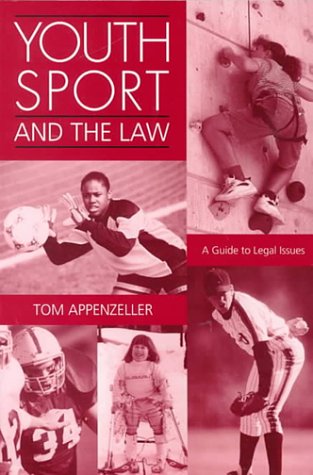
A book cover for Youth Sport and the Law: A Guide to Legal Issues; Thomas Appenzeller; Law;